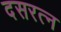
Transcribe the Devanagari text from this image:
दसरत्न